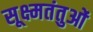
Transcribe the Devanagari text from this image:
सूक्ष्मतंतुओं